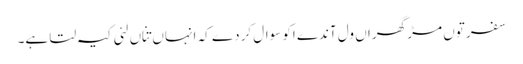
سفر توں مڑ گھراں ول آندے اکو سوال کردے کہ انہاں تِناں لئی کیہ لتا ہے۔